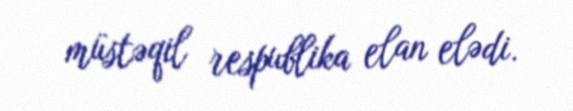
müstəqil respublika elan elədi.